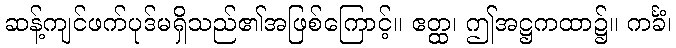
ဆန့်ကျင်ဖက်ပုဒ်မရှိသည်၏အဖြစ်ကြောင့်။ ဧတ္ထ၊ ဤအဋ္ဌကထာ၌။ ကင်္ခံ၊